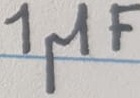
Text: 1µF